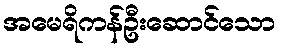
အမေရိကန်ဦးဆောင်သော